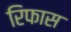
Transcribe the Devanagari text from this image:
रिफास